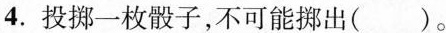
4. 投掷一枚骰子，不可能挪出( )。